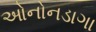
ઓનોનડાગા